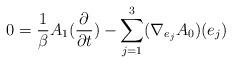
LaTeX: \begin{align*} 0=\frac{1}{\beta}A_1(\frac{\partial}{\partial t})-\sum_{j=1}^3(\nabla_{e_j}A_0)(e_j)\end{align*}